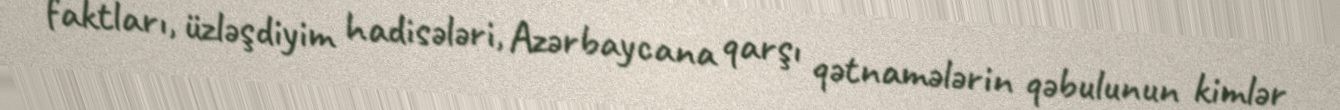
faktları, üzləşdiyim hadisələri, Azərbaycana qarşı qətnamələrin qəbulunun kimlər